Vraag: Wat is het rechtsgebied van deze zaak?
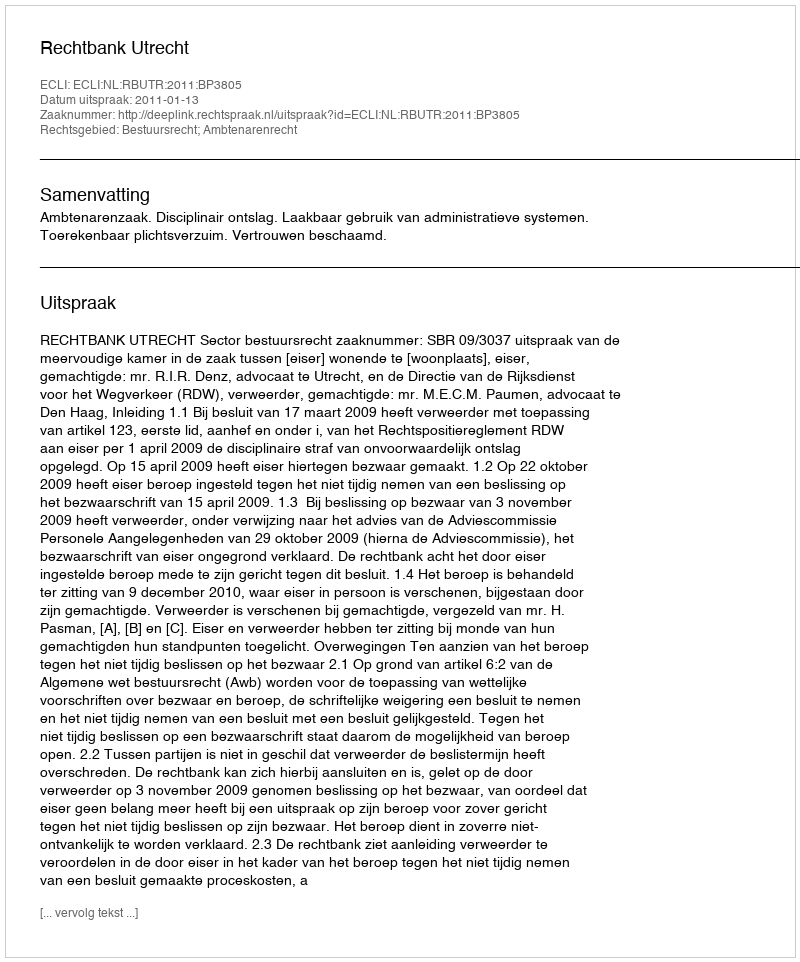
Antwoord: Bestuursrecht; Ambtenarenrecht